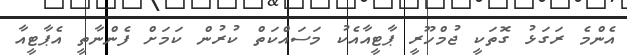
އެންމެ ރަގަޅު ގޮތަކީ ޖުމްހޫރީ ޕާޓީއާއެކު މަސައްކަތް ކުރުން ކަމަށް ފެންނާތީ އެޕާޓީއާ